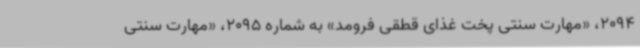
2094، «مهارت سنتی پخت غذای قطقی فرومد» به شماره 2095، «مهارت سنتی